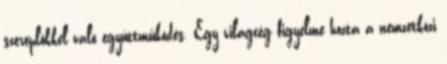
szereplôkkel való együttmûködés. Egy világcég figyelme hozta a nemzetközi